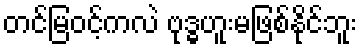
တင်မြဝင့်ကလဲ ဗုဒ္ဓဟူးမဖြစ်နိုင်ဘူး